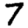
Digit: 7